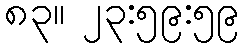
၈၃။ ၂၃:၅၉:၅၉